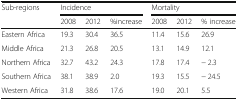
| Sub-regions | <COLSPAN=3> Incidence | <COLSPAN=3> Mortality |
 |  | 2008 | 2012 | %increase | 2008 | 2012 | % increase |
 | --- | --- | --- | --- | --- | --- | --- |
 | Eastern Africa | 19.3 | 30.4 | 36.5 | 11.4 | 15.6 | 26.9 |
 | Middle Africa | 21.3 | 26.8 | 20.5 | 13.1 | 14.9 | 12.1 |
 | Northern Africa | 32.7 | 43.2 | 24.3 | 17.8 | 17.4 | − 2.3 |
 | Southern Africa | 38.1 | 38.9 | 2.0 | 19.3 | 15.5 | − 24.5 |
 | Western Africa | 31.8 | 38.6 | 17.6 | 19.0 | 20.1 | 5.5 |